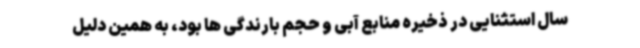
سال استثنایی در ذخیره منابع آبی و حجم بارندگی ها بود، به همین دلیل